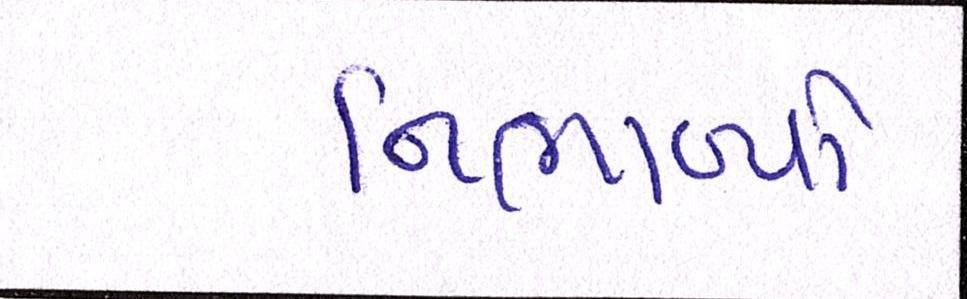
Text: નિભાવ્યો